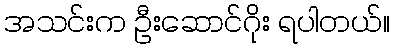
အသင်းက ဦးဆောင်ဂိုး ရပါတယ်။